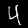
Digit: 4